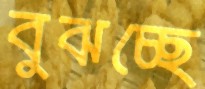
বুঝচ্ছে